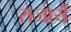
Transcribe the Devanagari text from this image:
राजायें